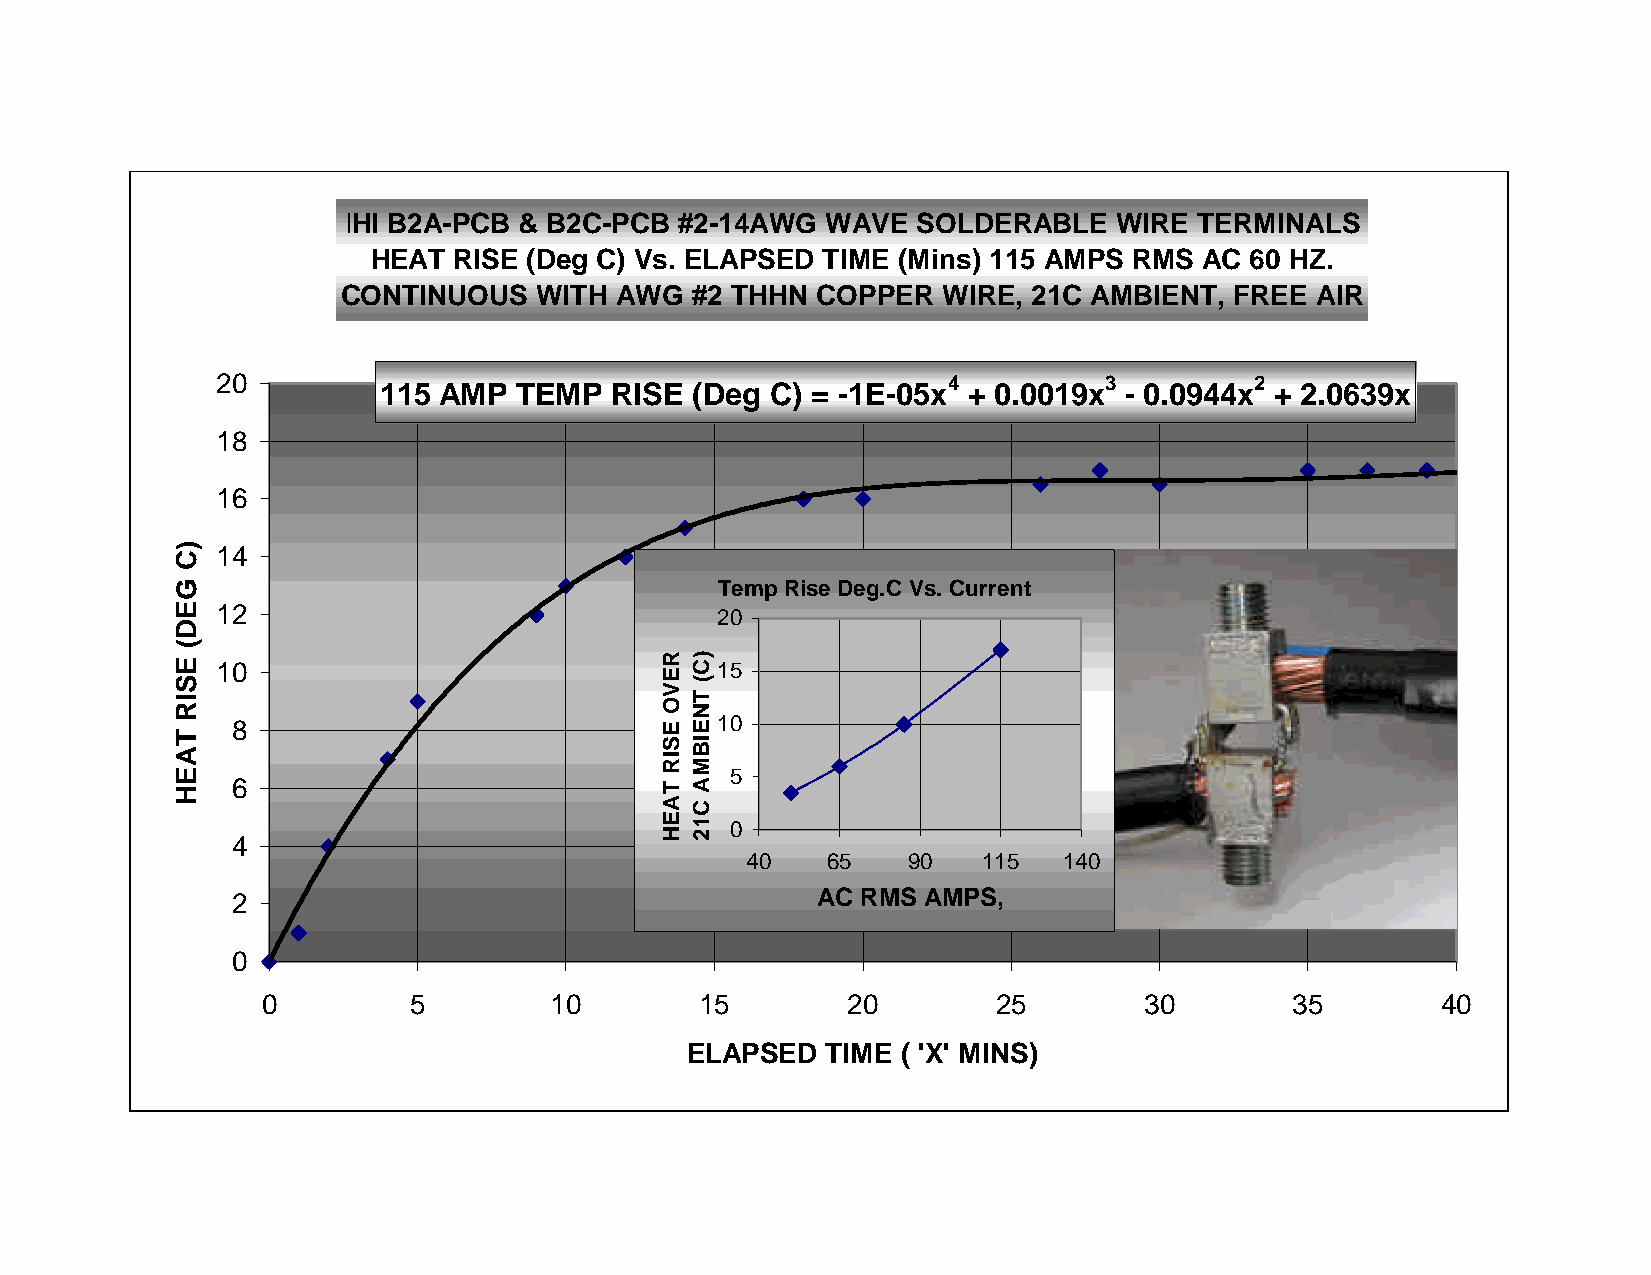
IHI B2A-PCB & B2C-PCB #2-14AWG  WAVE  SOLDERABLE   WIRE TERMINALS
 HEAT RISE (Deg C) Vs. ELAPSED TIME (Mins) 115 AMPS RMS AC 60 HZ.
 CONTINUOUS   WITH AWG  #2 THHN COPPER  WIRE, 21C AMBIENT,  FREE AIR
 20                                               4         3         2
 115 AMP  TEMP  RISE  (Deg C) = -1E-05x + 0.0019x - 0.0944x + 2.0639x
 18
 16
 14
 TempRise Deg.C Vs. Current
 12                               20
 10                               15
 8                               10
 5
 6
 0
 4
 40    65   90   115  140
 2                                      AC RMS AMPS,
 0
 0         5        10        15        20        25        30        35       40
 ELAPSED   TIME ( 'X' MINS)
 )C
 GED(
 ESIR
 TAEH
 REVO
 ESIR
 TAEH
 )C(
 TNEIBMA
 C12